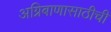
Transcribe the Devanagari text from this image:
अग्निबाणासाठीची